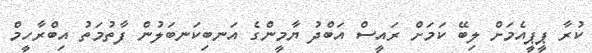
ކުރާ ޕީޕީއެމަށް ލިބޭ ކަމަށް ރައީސް އަބްދު ޔާމީންގެ އަނބިކަނބަލުން ފާތުމަތު އިބްރާހީމް